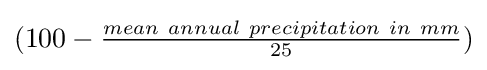
(100-{\tfrac {mean\ annual\ precipitation\ in\ mm}{25}})